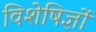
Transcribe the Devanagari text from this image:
विशेषिज्ञों